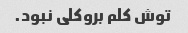
توش کلم بروکلی نبود.